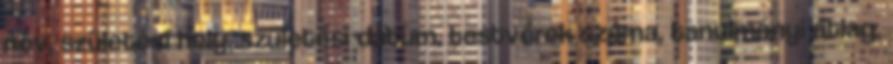
név, születési hely, születési dátum, testvérek száma, tanulmányi átlag,